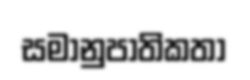
සමානුපාතිකතා